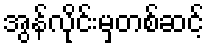
အွန်လိုင်းမှတစ်ဆင့်